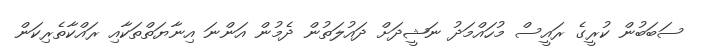
ސަބަބުން ކުރީގެ ރައީސް މުހައްމަދު ނަޝީދަށް ދައުލަތުން ދެމުން އަންނަ އިނާޔަތްތަކާއި ރައްކާތެރިކަން